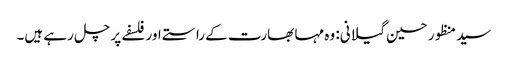
سید منظور حسین گیلانی: وہ مہا بھارت کے راستے اور فلسفے پر چل رہے ہیں۔